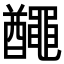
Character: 𪓰